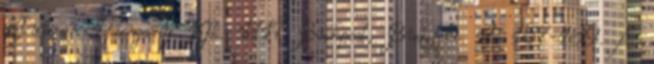
Kluwer Hungary Kft. 1117 Budapest, Budafoki út 187-189. A.